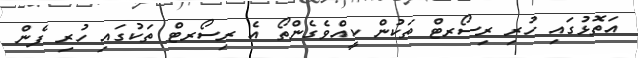
އަތޮޅުގައި ހުރި ރިސޯރޓް ތަކުން ކީއްވެގެންތޯ އެ ރިސޯރޓް ތަކުގައި ހުރި ފެން